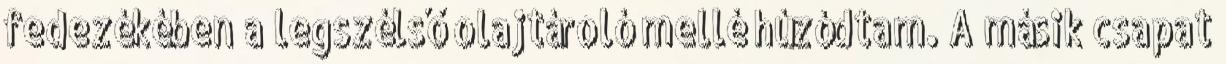
fedezékében a legszélső olajtároló mellé húzódtam. A másik csapat